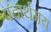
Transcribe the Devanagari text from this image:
पदार्थमय